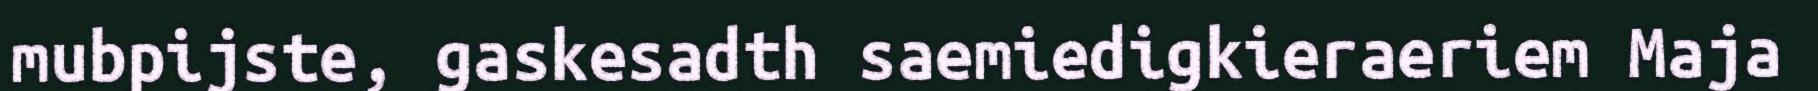
mubpijste, gaskesadth saemiedigkieraeriem Maja